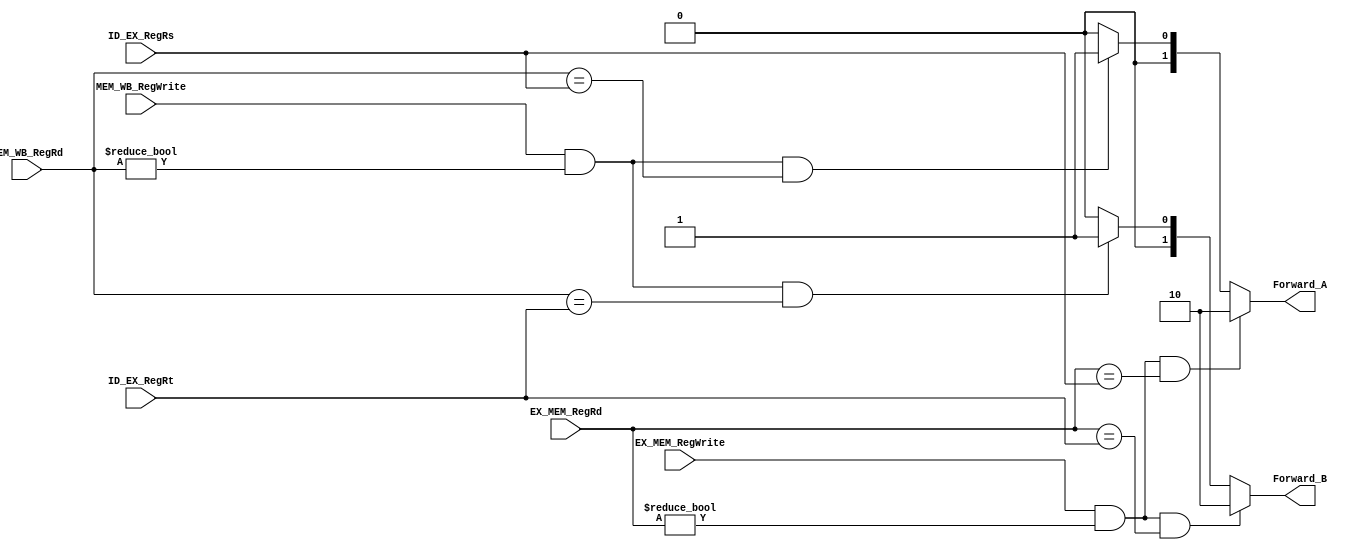
module forwarding_unit(
  EX_MEM_RegWrite,
  EX_MEM_RegRd,
  ID_EX_RegRs,
  ID_EX_RegRt,
  MEM_WB_RegWrite,
  MEM_WB_RegRd,
  Forward_A,
  Forward_B
);

input EX_MEM_RegWrite;
input MEM_WB_RegWrite;
input[4:0] EX_MEM_RegRd;
input[4:0] MEM_WB_RegRd;
input[4:0] ID_EX_RegRs;
input[4:0] ID_EX_RegRt;

output[1:0] Forward_A;
output[1:0] Forward_B;

reg [1:0] A;
reg [1:0] B;

always@(*) 
begin
  if(EX_MEM_RegWrite &&
     EX_MEM_RegRd != 5'b00000 &&
     EX_MEM_RegRd == ID_EX_RegRs)
     A = 2'b10;
  else if(MEM_WB_RegWrite &&
          MEM_WB_RegRd != 5'b00000 &&
          MEM_WB_RegRd == ID_EX_RegRs)
     A = 2'b01;
  else
     A = 2'b00;
     
  if(EX_MEM_RegWrite &&
     EX_MEM_RegRd != 5'b00000 &&
     EX_MEM_RegRd == ID_EX_RegRt)
     B = 2'b10;
  else if(MEM_WB_RegWrite &&
          MEM_WB_RegRd != 5'b00000 &&
          MEM_WB_RegRd == ID_EX_RegRt)
     B = 2'b01;
  else
     B = 2'b00;
  /*
  $display( "\n");
  $display( "MEM_WB_RegWrite = %b,\n" , MEM_WB_RegWrite);
  $display( "MEM_WB_RegRd = %b,\n" , MEM_WB_RegRd);
  $display( "ID_EX_RegRs = %b,\n" , ID_EX_RegRs);
  $display( "\n");

  $display( "\n");
  $display( "EX_MEM_RegWrite = %b,\n" , EX_MEM_RegWrite);
  $display( "EX_MEM_RegRd = %b,\n" , EX_MEM_RegRd);
  $display( "ID_EX_RegRt = %b,\n" , ID_EX_RegRt);
  $display( "\n");
  */

end

assign Forward_A = A;
assign Forward_B = B;

endmodule